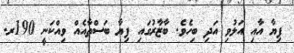
ފިޔާ އާއި އަލުވި އަދި ބިހެވެ. ބާޒާރުގައި ފިޔާ ބަސްތާއެއް ވިއްކަނީ 190ރ.